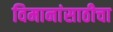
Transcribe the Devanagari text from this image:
विमानांसाठीचा